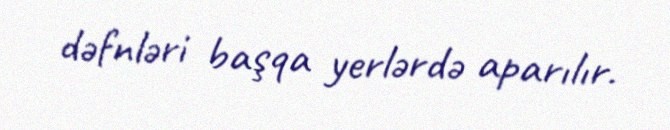
dəfnləri başqa yerlərdə aparılır.